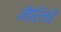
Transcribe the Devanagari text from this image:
मैलिंचे